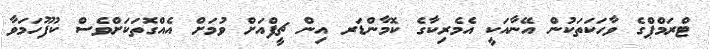
ޓްރަމްޕްގެ ވާހަކަތަކުން އޭނާއަކީ އެމެރިކާގެ ކޮމާންޑަރ އިން ޗީފްއަށް ވުމަށް އެއްގޮތަކަށްވެސް ކުފޫހަމަވާ